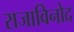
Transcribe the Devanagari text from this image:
राजाविनोद